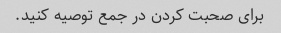
برای صحبت کردن در جمع توصیه کنید.